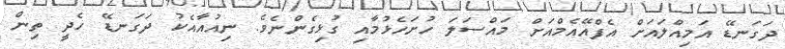
ދަގަނޑޭ އަމިއްލައަށް އެފްއޭއެމްއަށް މައްސަލަ ހުށަހެޅުމާއި ގުޅިގެންނެވެ. ނިއުއާއެކު ދަގަނޑޭ ހެދީ ތިން